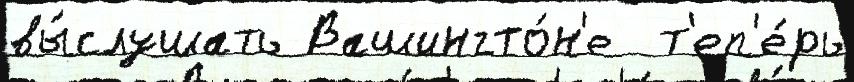
вы́слушать Вашингто́н'е  т'еп'е́рь